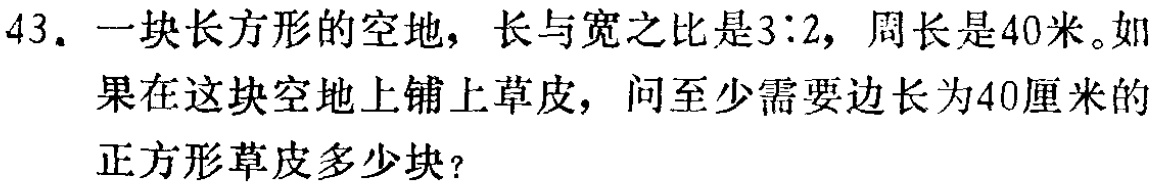
43. 一块长方形的空地，长与宽之比是3∶2，周长是40米。如果在这块空地上铺上草皮，问至少需要边长为40厘米的正方形草皮多少块？